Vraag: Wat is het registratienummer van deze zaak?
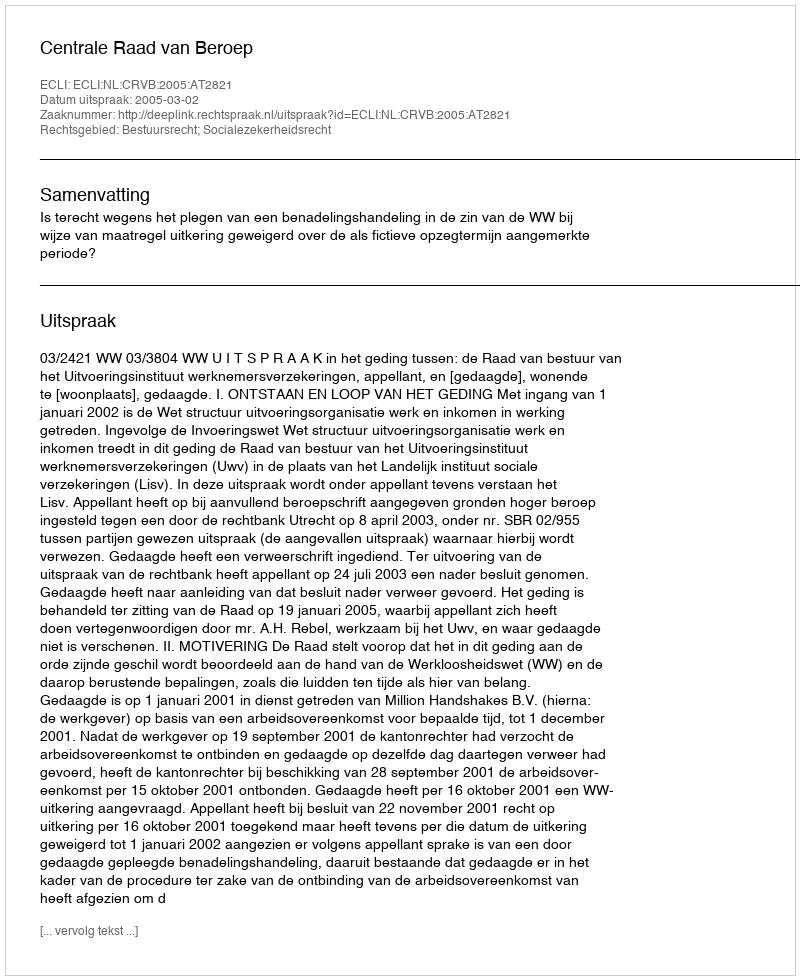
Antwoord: http://deeplink.rechtspraak.nl/uitspraak?id=ECLI:NL:CRVB:2005:AT2821